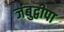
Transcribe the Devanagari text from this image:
जंबुद्वीपा